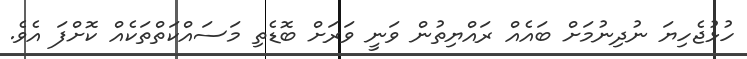
ހުޅުޖެހިޔަ ނުދިނުމަށް ބައެއް ރައްޔިތުން ވަނީ ވަރަށް ބޮޑެތި މަސައްކަތްތަކެއް ކޮށްފަ އެވެ.